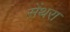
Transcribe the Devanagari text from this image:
सेंथरा